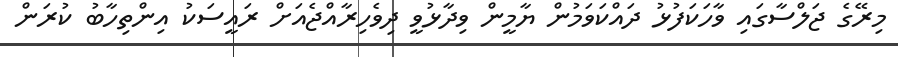
މިރޭގެ ޖަލްސާގައި ވާހަކަފުޅު ދައްކަވަމުން ޔާމީން ވިދާޅުވީ ދިވެހިރާއްޖެއަށް ރައީސަކު އިންތިހާބު ކުރަން